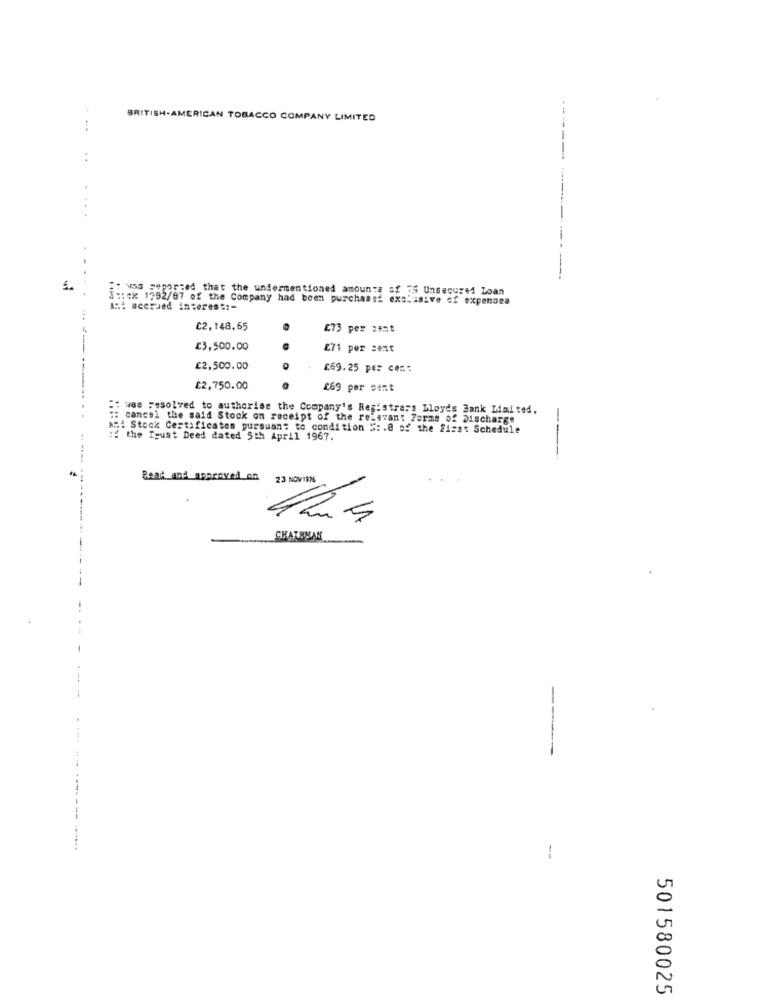
BRITISH-AMERICAN TOBACCO COMPANY LIMITED
..
----
..
------
v53 sepprzed that the undermentioned amounts of 75 Unsecured Loan
S :: ck 1992/07 of the Company had been purchased exclusive of expenses
and accrued interest :-
C2,148.65
473 per cent
£3,500.00
271 per cent
£2,500.00
£69.25 pe: cer .:
£2,750.00
£69 per cent
: was resolved to authorise the Company's Registrars Lloyds Bank Miaited.
: cancel the said Stock on receipt of the relevant Forms of Discharge
AM Stock Certificates pursuant to condition #: . @ of the first Schedule
: the Igust Deed dated 5th April 1967.
---
Read and approved on
23 NOV 1976
CHATRYAN
--
501580025